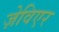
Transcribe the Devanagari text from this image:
ज़ेविएर